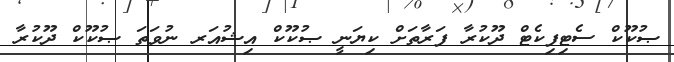
ޞުކޫކް ސެޓިފިކެޓް ދޫކުރާ ފަރާތަށް ކިޔަނީ ޞުކޫކް އިޝުއަރ ނުވަތަ ޞުކޫކް ދޫކުރާ